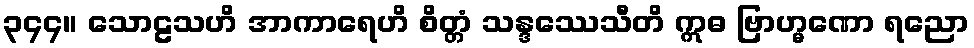
၃၄၄။ သောဠသဟိ အာကာရေဟိ စိတ္တံ သန္ဒဿေသီတိ ဣဓ ဗြာဟ္မဏော ရညော